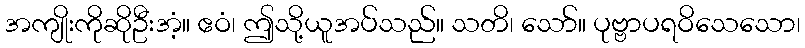
အကျိုးကိုဆိုဦးအံ့။ ဧဝံ၊ ဤသို့ယူအပ်သည်။ သတိ၊ သော်။ ပုဗ္ဗာပရဝိသေသော၊